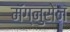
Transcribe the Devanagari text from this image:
मॅग्नुसेन